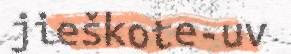
jieškote-uv